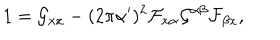
LaTeX: 1 = \mathcal { G } _ { x x } - ( 2 \pi \alpha ^ { \prime } ) ^ { 2 } \mathcal { F } _ { x \alpha } \mathcal { G } ^ { \alpha \beta } \mathcal { F } _ { \beta x } ,